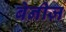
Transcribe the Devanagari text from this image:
बेनीज़